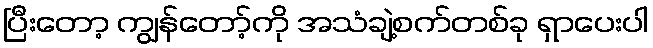
ပြီးတော့ ကျွန်တော့်ကို အသံချဲ့စက်တစ်ခု ရှာပေးပါ